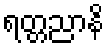
ရတ္တညာနိ